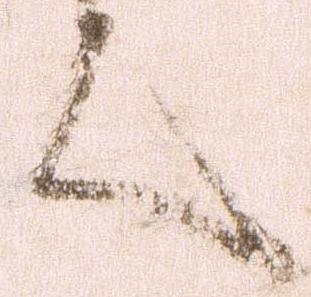
言